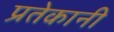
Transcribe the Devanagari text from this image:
प्रतेकानी